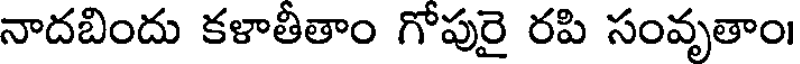
నాదబిందు కళాతీతాం గోపురై రపి సంవృతాం।